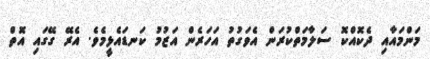
މަންމައާއި ދެކޮއްކޮ ސަލާމަތްކުރަން އެވަގުތު އަހަރެން އަޒުމު ކަނޑައެޅީމެވެ. އެރޭ ގޭގައި އޮތް